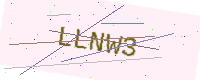
Text: LLNW3